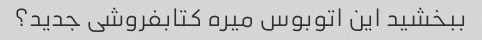
ببخشید این اتوبوس میره کتابفروشی جدید؟